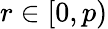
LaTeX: r\in[0,p)